Annual report on the lock hospitals of the Madras Presidency
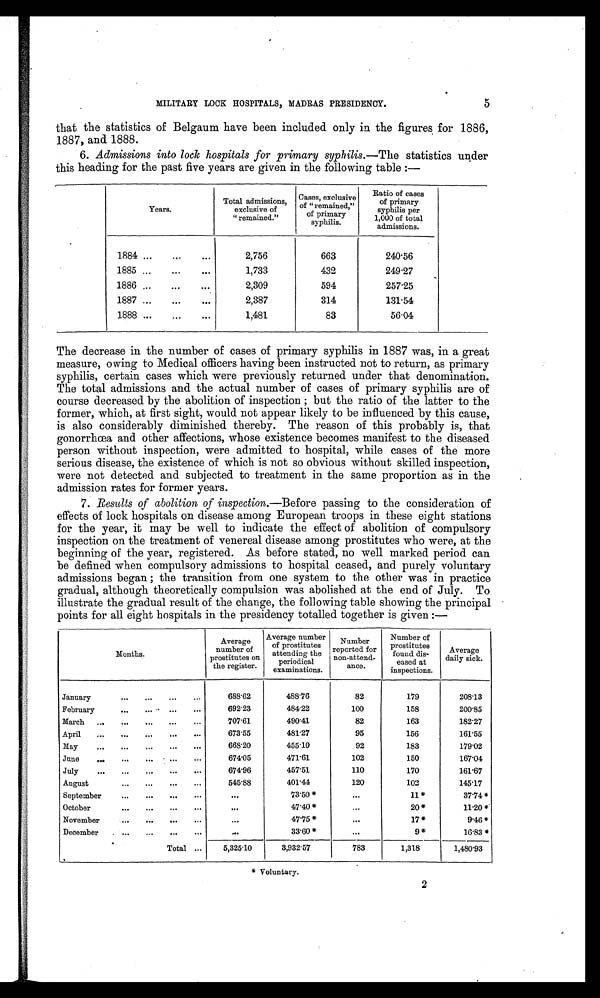
MILITARY LOCK HOSPITALS, MADRAS PRESIDENCY.
5
that the statistics of Belgaum have been included only in the figures for 1886,
1887, and 1888.
6. Admissions into lock hospitals for primary syphilis. —The statistics under
this heading for the past five years are given in the following table :—
Years.
Total admissions,
exclusive of
"remained."
Cases, exclusive
of "remained,"
of primary
syphilis.
Ratio of cases
of primary
syphilis per
1,000 of total
admissions.
1884 ...
...
...
2,756
663
240.56
1885 ...
...
...
1,733
432
249.27
1886 ...
...
...
2,309
594
257.25
1887 ...
...
...
2,387
314
131.54
1888 ...
...
...
1,481
83
56.04
The decrease in the number of cases of primary syphilis in 1887 was, in a great
measure, owing to Medical officers having been instructed not to return, as primary
syphilis, certain cases which were previously returned under that denomination.
The total admissions and the actual number of cases of primary syphilis are of
course decreased by the abolition of inspection ; but the ratio of the latter to the
former, which, at first sight, would not appear likely to be influenced by this cause,
is also considerably diminished thereby. The reason of this probably is, that
gonorrhœa and other affections, whose existence becomes manifest to the diseased
person without inspection, were admitted to hospital, while cases of the more
serious disease, the existence of which is not so obvious without skilled inspection,
were not detected and subjected to treatment in the same proportion as in the
admission rates for former years.
7. Results of abolition of inspection. —Before passing to the consideration of
effects of lock hospitals on disease among European troops in these eight stations
for the year, it may be well to indicate the effect of abolition of compulsory
inspection on the treatment of venereal disease among prostitutes who were, at the
beginning of the year, registered. As before stated, no well marked period can
be defined when compulsory admissions to hospital ceased, and purely voluntary
admissions began ; the transition from one system to the other was in practice
gradual, although theoretically compulsion was abolished at the end of July. To
illustrate the gradual result of the change, the following table showing the principal
points for all eight hospitals in the presidency totalled together is given :—
Months.
Average
number of
prostitutes on
the register.
Average number
of prostitutes
attending the
periodical
examinations.
Number
reported for
non-attend-
ance .
Number of
prostitutesf o u n d
dis-
eased at
inspections.
Average
daily sick.
January
...
...
...
. . .
688.62
488.76
82
179
208.13
February
...
... ...
. . .
692.23
484.22
100
158
200.85
March
. . .
. . .
. . .
707.61
490.41
82
163
182.27
April
. . .
. . .
. . .
673.55
481.27
95
156
161.55
May
...
. . .
. . .
668.20
455.10
92
183
179.02
June
. . .
. . .
. . .
674.05
471.61
102
150
167.04
July
. . .
. . .
. . .
674.96
457.51
110
170
161.67
August
...
...
. . .
545.88
401.44
120
102
145.17
September
...
...
...
. . .
. . .
73.50 *
. . .
11*
37.74*
October
...
...
...
...
. . .
47.40*
. . .
20*
11.20*
November
...
...
...
. . .
. . .
47.75*
...
17*
9.46*
December
...
...
...
...
. . .
33.60*
...
9*
16.83 *
Total ...
5,325.10
3,932.57
783
1,318
1,480.93
* Voluntary.
2